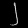
Digit: ၂